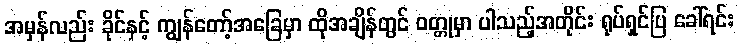
အမှန်လည်း ခိုင်နှင့် ကျွန်တော့်အခြေမှာ ထိုအချိန်တွင် ဝတ္တုမှာ ပါသည့်အတိုင်း ရုပ်ရှင်ပြ ခေါ်ရင်း